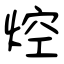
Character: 焢